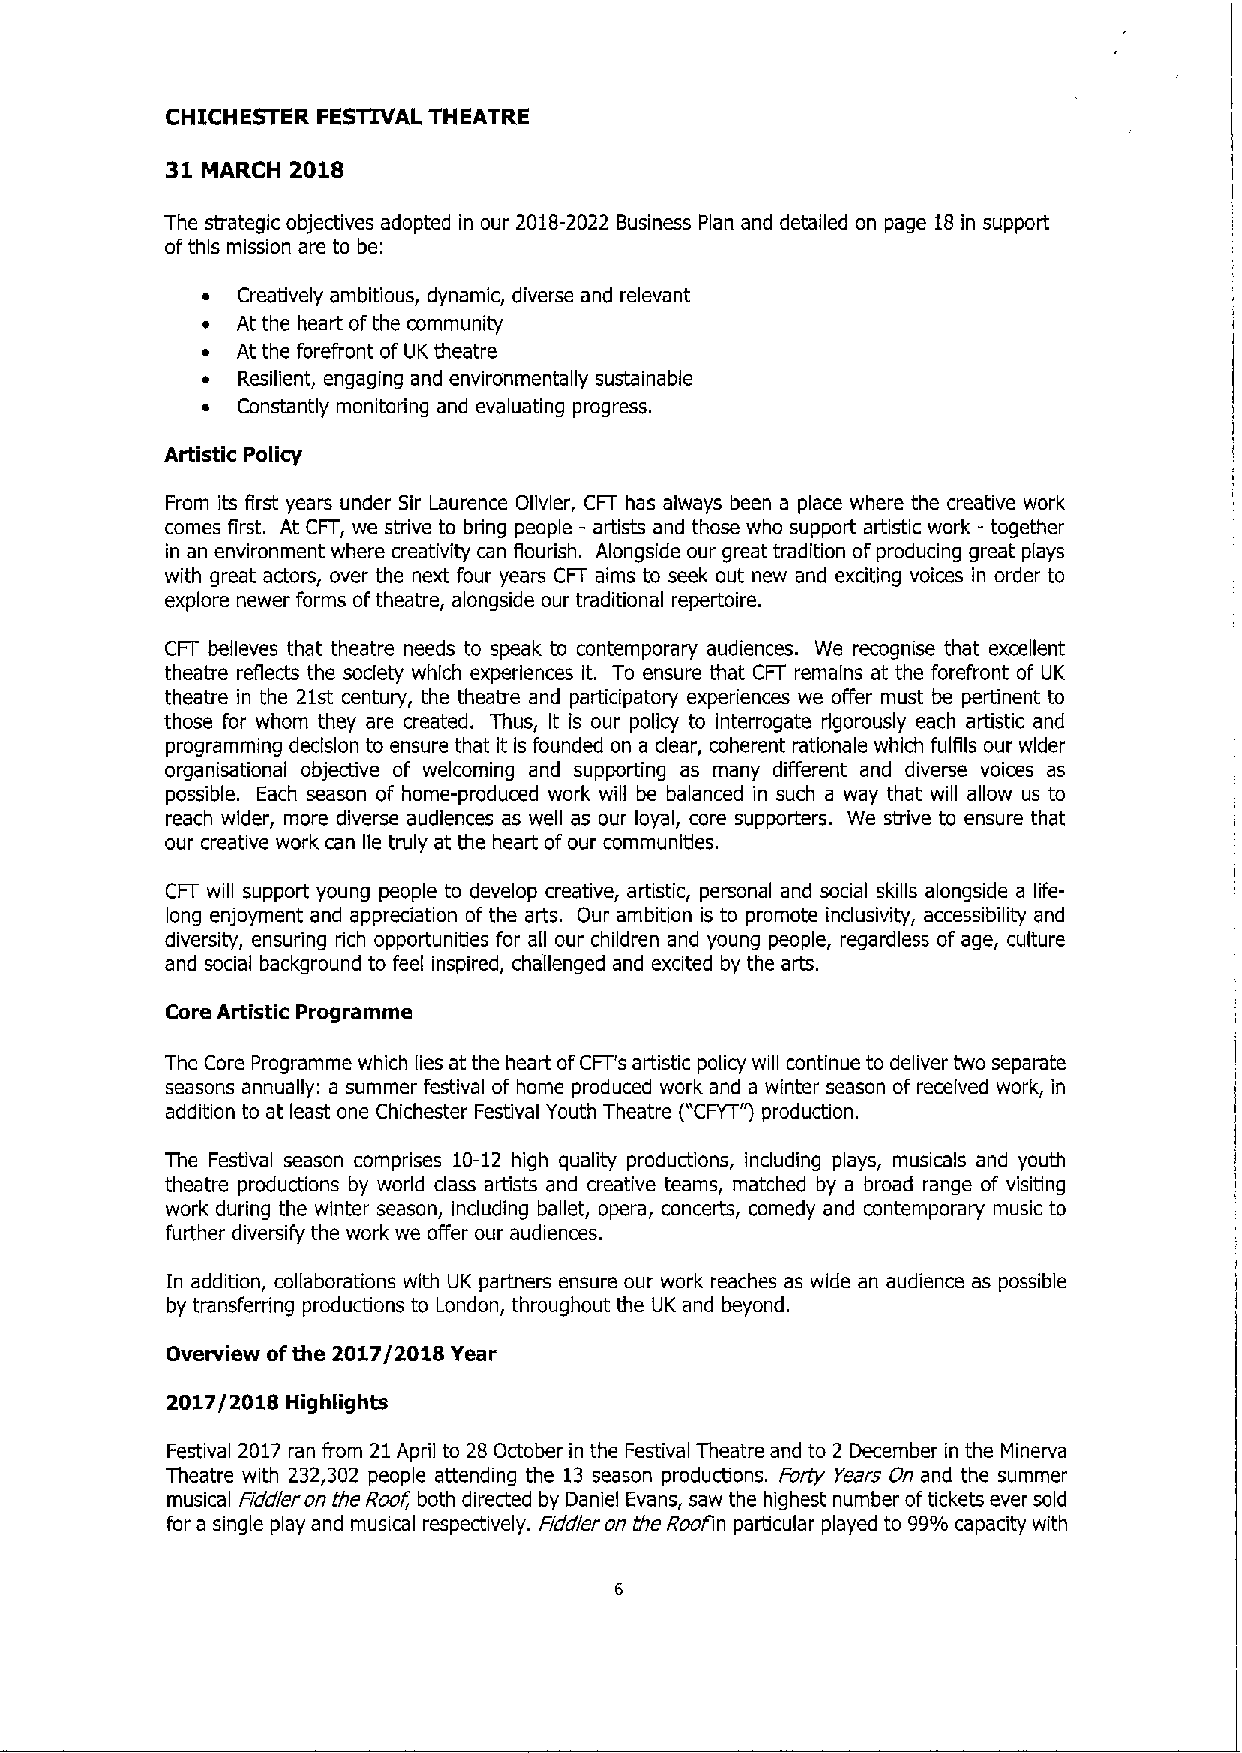
CHICHESTER FESTIVAL THEATRE
 31 MARCH 2018
 The strategic objectives adopted in our 2018-2022 Business Plan and detailed on page 18in support
 ofthis mission are to be:
 ~  Creatively ambitious, dynamic, diverse and relevant
 ~  At the heart ofthe community
 ~  At the forefront of UK theatre
 ~  Resilient, engaging and environmentally sustainable
 ~  Constantly monitoring and evaluating progress.
 Artistic Policy
 From its first years under Sir Laurence Ollvler, CFT has always been a place where the creative work
 comes first. At CFT, we strive to bring people - artists and those who support artistic work - together
 in an environment where creativity can flourish. Alongside our great tradition ofproducing great plays
 with great actors, over the next four years CFT aims to seek out new and exciting voices in order to
 explore newer forms oftheatre, alongside our traditional repertoire.
 CFT believes that theatre needs to speak to contemporary audiences. We recognise that excellent
 theatre reflects the society which experiences It. To ensure that CFT remains at the forefront of UK
 theatre in the 21st century, the theatre and participatory experiences we offer must be pertinent to
 those for whom they are created. Thus, It is our policy to interrogate rigorously each artistic and
 programming decision to ensure that it Is founded on a clear, coherent rationale which fulfils our wider
 organisational objective of welcoming and supporting as many different and diverse voices as
 possible. Each season of home-produced work will be balanced in such a way that will allow us to
 reach wider, more diverse audiences as well as our loyal, core supporters. We strive to ensure that
 our creative work can lie truly at the heart ofour communities.
 CFT will support young people to develop creative, artistic, personal and social skills alongside a life-
 long enjoyment and appreciation ofthe arts. Our ambition is to promote inclusivity, accessibility and
 diversity, ensuring rich opportunities for all our children and young people, regardless of age, culture
 and social background to feel inspired, challenged and excited by the arts.
 Core Artistic Programme
 The Core Programme which lies at the heart ofCFT's artistic policy will continue to deliver two separate
 seasons annually: a summer festival of home produced work and a winter season of received work, in
 addition to at feast one Chichester Festival Youth Theatre ("CFYT'"jproduction.
 The Festival season comprises 10-12 high quality productions, including plays, musicals and youth
 theatre productions by world class artists and creative teams, matched by a broad range of visiting
 work during the winter season, including ballet, opera, concerts, comedy and contemporary music to
 further diversify the work we offer our audiences.
 In addition, collaborations with UK partners ensure our work reaches as wide an audience as possible
 by transferring productions to London, throughout the UK and beyond.
 Overview ofthe 2017/2018 Year
 2017/2018 Highlights
 Festival 2017 ran from 21April to 28 October in the Festival Theatre and to 2 December in the Minerva
 Theatre with 232,302 people attending the 13 season productions. Forty Years On and the summer
 musical Fiddler on the Roof, both directed by Daniel Evans, saw the highest number oftickets ever sold
 for a single play and musical respectively. Fiddler on the Roofin particular played to 99%capacity with